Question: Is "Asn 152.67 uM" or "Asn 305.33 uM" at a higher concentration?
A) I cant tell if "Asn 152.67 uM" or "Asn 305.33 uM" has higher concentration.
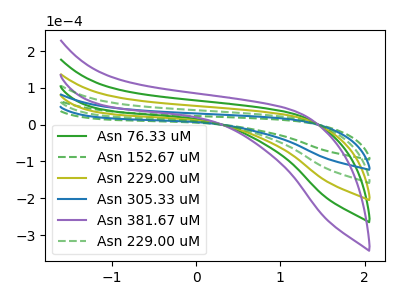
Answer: <think>The green curve "Asn 76.33 uM" has no peaks. The green dashed curve "Asn 152.67 uM" has no peaks. The olive curve "Asn 229.00 uM" has no peaks. The blue curve "Asn 305.33 uM" has no peaks. The purple curve "Asn 381.67 uM" has no peaks. The green dashed curve "Asn 229.00 uM" has no peaks.
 Neither "Asn 152.67 uM" or "Asn 305.33 uM" have any peaks.</think>
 <answer>A) I cant tell if "Asn 152.67 uM" or "Asn 305.33 uM" has higher concentration.</answer>
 <eval>A</eval>